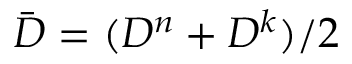
\bar { D } = ( D ^ { n } + D ^ { k } ) / 2